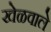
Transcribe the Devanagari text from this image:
खेळवाले